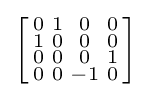
\left[{\begin{smallmatrix}0&1&0&0\\1&0&0&0\\0&0&0&1\\0&0&-1&0\\\end{smallmatrix}}\right]